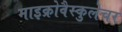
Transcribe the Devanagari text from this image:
माइक्रोवैस्कुलेचर